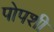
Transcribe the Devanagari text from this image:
पोपशी